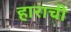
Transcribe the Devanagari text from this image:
हाराची